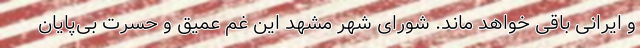
و ایرانی باقی خواهد ماند. شورای شهر مشهد این غم عمیق و حسرت بی‌پایان